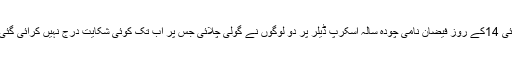
جولائی 14کے روز فیضان نامی چودہ سالہ اسکرپ ڈیلر پر دو لوگوں نے گولی چلائی جس پر اب تک کوئی شکایت درج نہیں کرائی گئی ہے۔